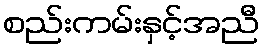
စည်းကမ်းနှင့်အညီ